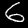
Label: 6